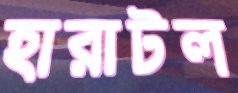
হারাটল